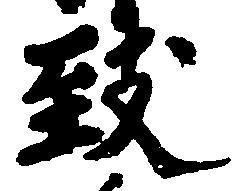
致